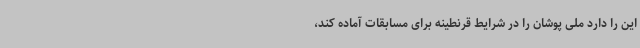
این را دارد ملی پوشان را در شرایط قرنطینه برای مسابقات آماده کند،